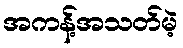
အကန့်အသတ်မဲ့